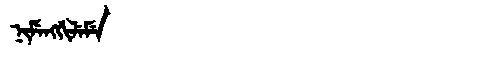
Manchu: ᠨᡳᠮᡝᠩᡤᡳᠯᡝᠮᡝ
Romanization: NIMENGGILEME